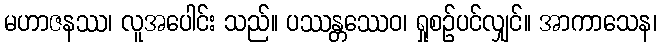
မဟာဇနဿ၊ လူအပေါင်း သည်။ ပဿန္တဿေဝ၊ ရှုစဉ်ပင်လျှင်။ အာကာသေန၊